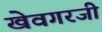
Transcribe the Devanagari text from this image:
खेवगरजी